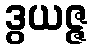
ဒွယဇ္ဇ